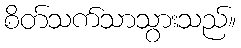
စိတ်သက်သာသွားသည်။